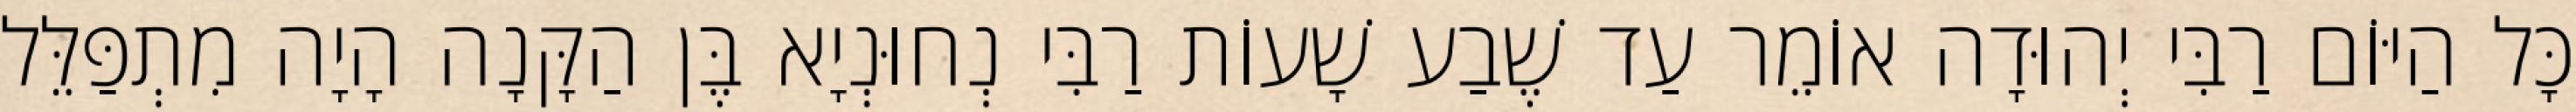
כָּל הַיּוֹם רַבִּי יְהוּדָה אוֹמֵר עַד שֶׁבַע שָׁעוֹת רַבִּי נְחוּנְיָא בֶּן הַקָּנָה הָיָה מִתְפַּלֵּל